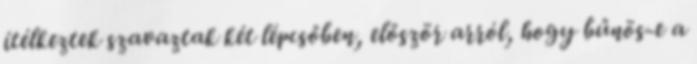
ítélkeztek szavaztak két lépcsőben, először arról, hogy bűnös-e a